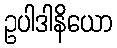
ဥပါဒါနိယော